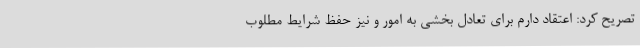
تصریح کرد: اعتقاد دارم برای تعادل بخشی به امور و نیز حفظ شرایط مطلوب